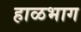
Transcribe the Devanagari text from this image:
हाळभाग